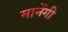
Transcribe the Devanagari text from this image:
मानेंगी